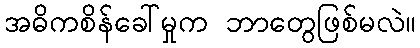
အဓိကစိန်ခေါ်မှုက ဘာတွေဖြစ်မလဲ။